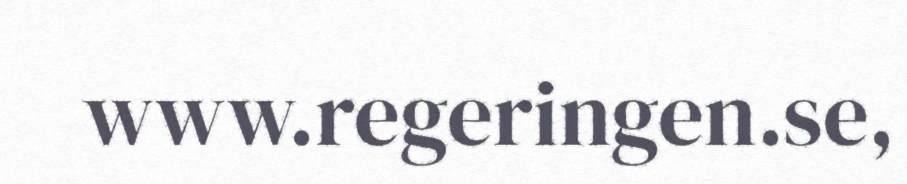
www.regeringen.se,